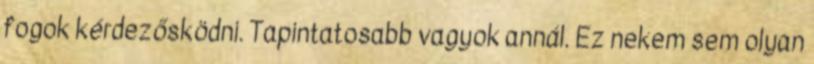
fogok kérdezősködni. Tapintatosabb vagyok annál. Ez nekem sem olyan